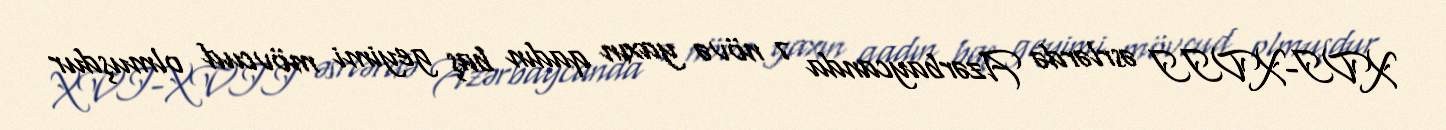
XVI-XVII əsrlərdə Azərbaycanda 7 növə yaxın qadın baş geyimi mövcud olmuşdur